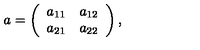
a = \left( \begin{array} { c c } { a _ { 1 1 } } & { a _ { 1 2 } } \\ { a _ { 2 1 } } & { a _ { 2 2 } } \\ \end{array} \right) ,